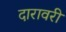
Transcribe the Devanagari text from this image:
दारावरी